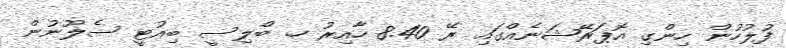
ފުލުހުން ހިންގި އޮޕަރޭޝަނެއްގައި ރޭ 8.40 ހާއިރު ހ. ބްލިސީ ބިއުޓީ ސެލޫނުން